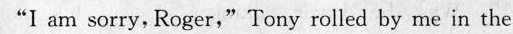
I am sarry, Rrger," Tory rolied by me in the